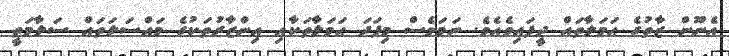
އެނޫން ޒާތުގެ ޙަމަލާތައް ދީފައިވެއެވެ. ނަމަވެސް މިފަދަ ޙަމަލާތަކާއި އިންޒާރުތަކުގެ މައްސަލަތައް ސަލާމަތީ